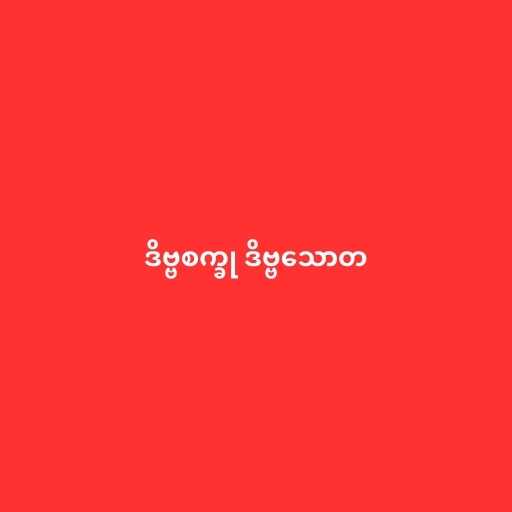
ဒိဗ္ဗစက္ခု ဒိဗ္ဗသောတ